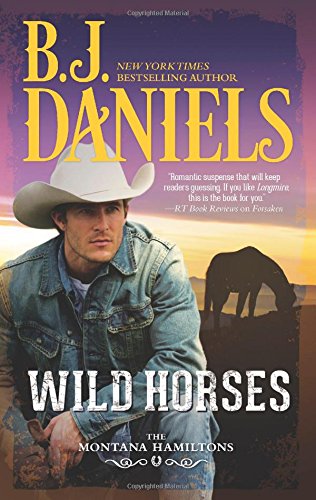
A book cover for Wild Horses (The Montana Hamiltons); B.J. Daniels; Romance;